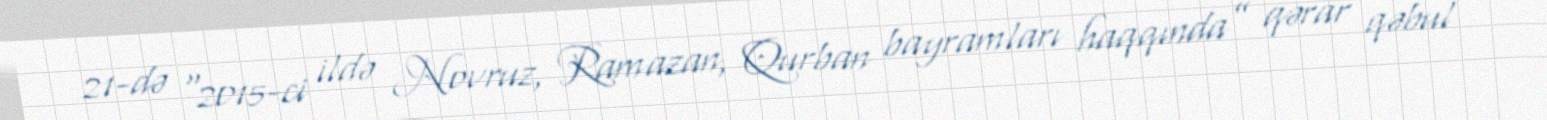
21-də “2015-ci ildə Novruz, Ramazan, Qurban bayramları haqqında” qərar qəbul